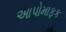
આપોમાફક